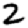
Digit: 2